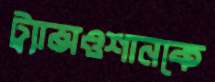
ট্র্যান্সওশানকে